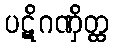
ပဋိဂဏှိတ္ထ